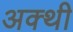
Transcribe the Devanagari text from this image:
अक्थी